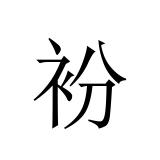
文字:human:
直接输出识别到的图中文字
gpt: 衯